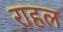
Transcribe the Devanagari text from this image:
राहल